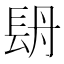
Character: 𨱪